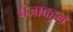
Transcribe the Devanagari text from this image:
पंजाबहून